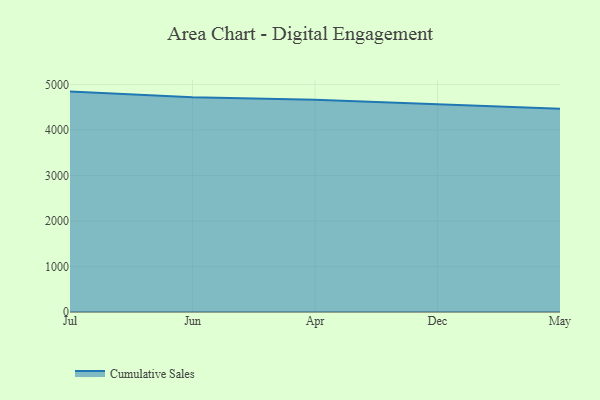
{"axis": {"x": "Month", "y": "Latency (ms)"}, "legend": ["Cumulative Sales"], "data": [{"x": "Jul", "y": 4845.0, "type": "Cumulative Sales"}, {"x": "Jun", "y": 4722.4, "type": "Cumulative Sales"}, {"x": "Apr", "y": 4665.5, "type": "Cumulative Sales"}, {"x": "Dec", "y": 4563.2, "type": "Cumulative Sales"}, {"x": "May", "y": 4466.2, "type": "Cumulative Sales"}]}